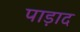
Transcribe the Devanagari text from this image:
पाड़ाद